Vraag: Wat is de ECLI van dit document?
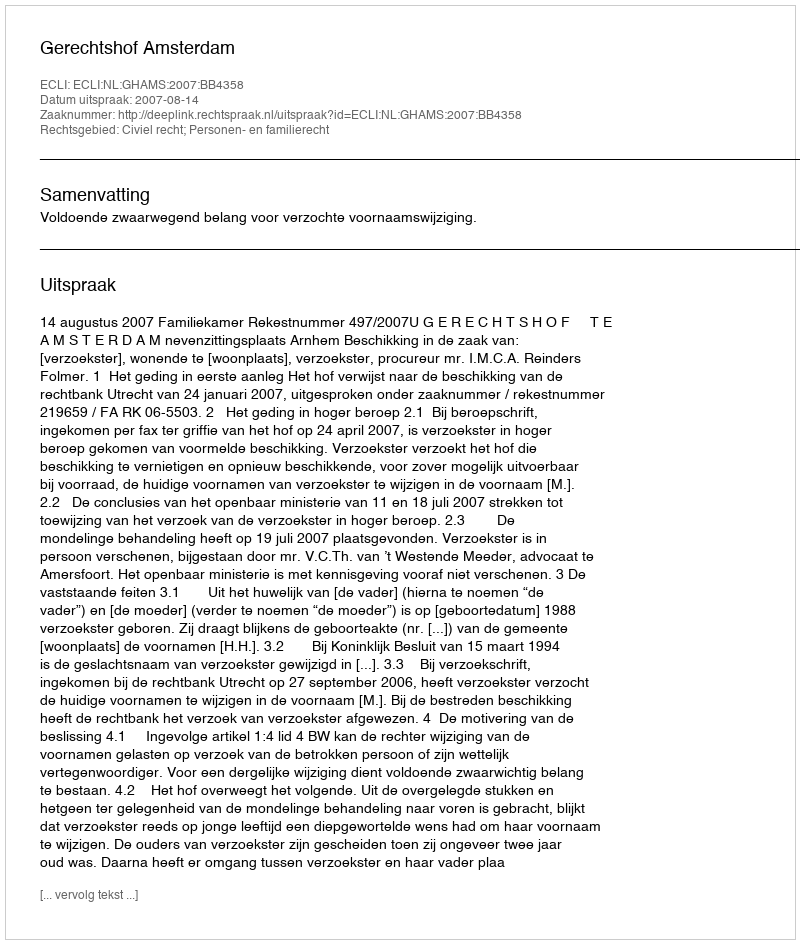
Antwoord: ECLI:NL:GHAMS:2007:BB4358